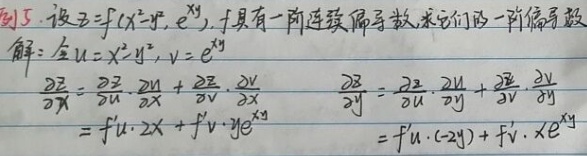
例5. 设 \(z = f(x^{2}-y^{2}, e^{xy})\)，具有一阶连续偏导数，求它们的一阶偏导数。

解：令 \(u = x^{2}-y^{2}\)，\(v = e^{xy}\)

\[
\begin{align*}
\frac{\partial z}{\partial x}&=\frac{\partial z}{\partial u}\frac{\partial u}{\partial x}+\frac{\partial z}{\partial v}\frac{\partial v}{\partial x}=f_{u}'\cdot 2x + f_{v}'\cdot ye^{xy}\\
\frac{\partial z}{\partial y}&=\frac{\partial z}{\partial u}\frac{\partial u}{\partial y}+\frac{\partial z}{\partial v}\frac{\partial v}{\partial y}=f_{u}'\cdot(- 2y)+f_{v}'\cdot xe^{xy}
\end{align*}
\]